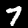
Label: 7